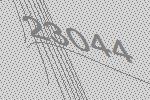
23044